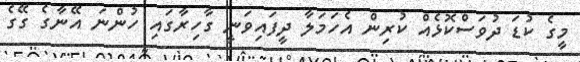
މީގެ ކުޑަ ދުވަސްކޮޅެއް ކުރިން އެހަމަލާ ދީފައިވަނީ ގާހިރާގައި ހުންނަ އޭނާގެ ގޭގެ